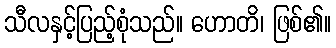
သီလနှင့်ပြည့်စုံသည်။ ဟောတိ၊ ဖြစ်၏။